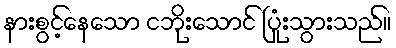
နားစွင့်နေသော ငဘိုးသောင် ပြုံးသွားသည်။